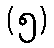
(၅)